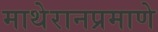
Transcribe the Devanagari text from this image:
माथेरानप्रमाणे